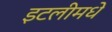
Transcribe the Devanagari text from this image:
इटलीमधे